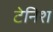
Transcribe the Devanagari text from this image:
टेनिश